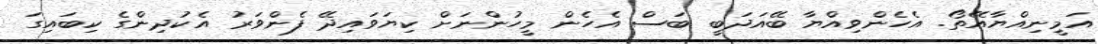
އަމީނިއްޔާއޭތޯ. އެހެންވިއްޔާ ބޭއަދަބީ ބަސް އެހެން މީހުންނަށް ކިޔަވައިދޭ ފެންވަރު އެކުދިންގެ ކިބައިގަ